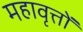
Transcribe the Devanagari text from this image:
महावृत्तों